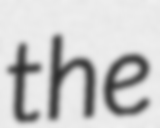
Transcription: the